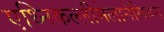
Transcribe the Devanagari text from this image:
एथ्निकल्लीमेलानेसियन